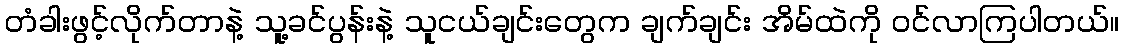
တံခါးဖွင့်လိုက်တာနဲ့ သူ့ခင်ပွန်းနဲ့ သူငယ်ချင်းတွေက ချက်ချင်း အိမ်ထဲကို ဝင်လာကြပါတယ်။